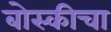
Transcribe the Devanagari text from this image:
बोस्कीचा